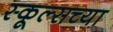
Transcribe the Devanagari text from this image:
स्कूल्सच्या